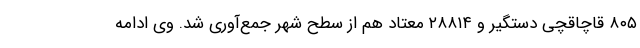
۸۰۵ قاچاقچی دستگیر و ۲۸۸۱۴ معتاد هم از سطح شهر جمع‌آوری شد. وی ادامه